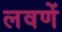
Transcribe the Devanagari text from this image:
लवणें